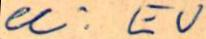
eli. EU